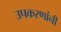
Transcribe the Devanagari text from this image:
उपकरणांनी